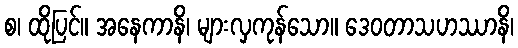
စ၊ ထိုပြင်။ အနေကာနိ၊ များလှကုန်သော။ ဒေဝတာသဟဿာနိ၊